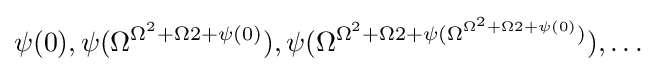
\psi (0),\psi (\Omega ^{\Omega ^{2}+\Omega 2+\psi (0)}),\psi (\Omega ^{\Omega ^{2}+\Omega 2+\psi (\Omega ^{\Omega ^{2}+\Omega 2+\psi (0)})}),\ldots